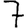
Digit: 7